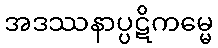
အဒဿနာပ္ပဋိကမ္မေ